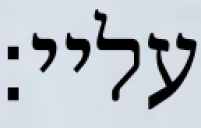
עליי: